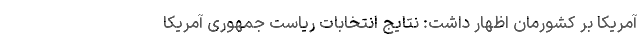
آمریکا بر کشورمان اظهار داشت: نتایج انتخابات ریاست جمهوری آمریکا